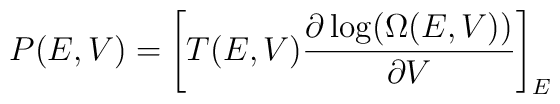
P(E,V)=\left[T(E,V)\frac{\partial \log(\Omega(E,V))}{\partial V}\right]_E